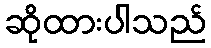
ဆိုထားပါသည်